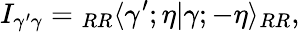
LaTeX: I_{\gamma^{\prime}\gamma}={}_{RR}\langle\gamma^{\prime};\eta|\gamma;-\eta\rangle_{RR},